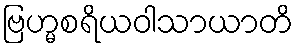
ဗြဟ္မစရိယဝါသာယာတိ